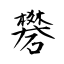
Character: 礬